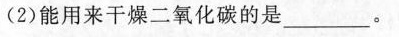
(2)能用来干燥二氧化碳的是___。